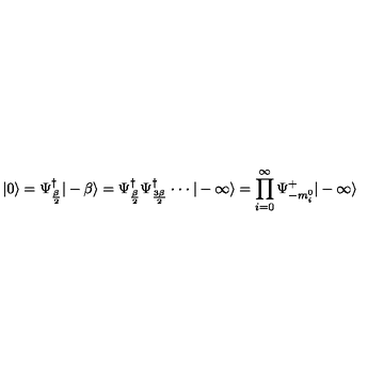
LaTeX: | 0 \rangle = \Psi _ { \frac { \beta } { 2 } } ^ { \dagger } | - \beta \rangle = \Psi _ { \frac { \beta } { 2 } } ^ { \dagger } \Psi _ { \frac { 3 \beta } { 2 } } ^ { \dagger } \cdot \cdot \cdot | - \infty \rangle = \prod _ { i = 0 } ^ { \infty } \Psi _ { - m _ { i } ^ { 0 } } ^ { + } | - \infty \rangle